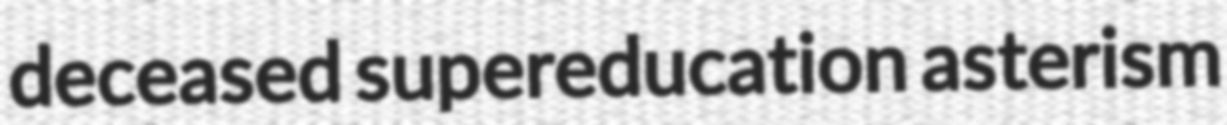
deceased supereducation asterism